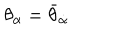
\theta _ { \alpha } = \bar { \theta } _ { \dot { \alpha } }